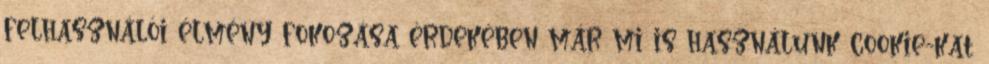
felhasználói élmény fokozása érdekében már mi is használunk cookie-kat